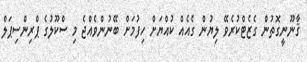
ޤާނޫނީގޮތުން ގެޒެޓްކުރެވޭ ލިޔުން ގެއެއް ކުއްޔަށް ހިފުމަށް ބޭނުންވެއްޖެ މި ސްކޫލުގެ ޕްރިންސިޕަލް